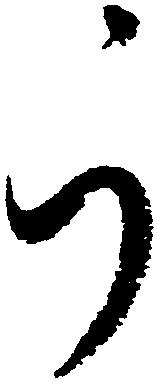
ら